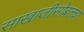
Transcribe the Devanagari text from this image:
साखाजीसोबतचा